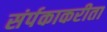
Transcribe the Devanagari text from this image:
संर्पकाकरीता